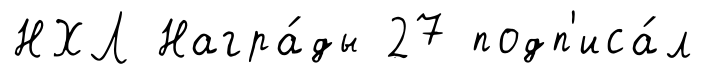
НХЛ Награ́ды 27 подп'иса́л